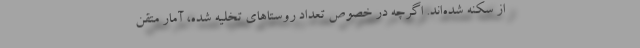
از سکنه شده‌اند. اگرچه در خصوص تعداد روستاهای تخلیه شده، آمار متقن